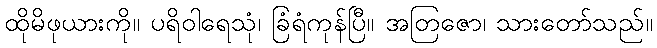
ထိုမိဖုယားကို။ ပရိဝါရေသုံ၊ ခြံရံကုန်ပြီ။ အတြဇော၊ သားတော်သည်။